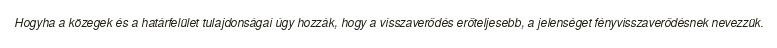
Hogyha a közegek és a határfelület tulajdonságai úgy hozzák, hogy a visszaverődés erőteljesebb, a jelenséget fényvisszaverődésnek nevezzük.